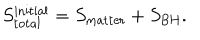
S _ { \mathrm { t o t a l } } ^ { \mathrm { i n i t i a l } } = S _ { \mathrm { m a t t e r } } + S _ { \mathrm { B H } } .